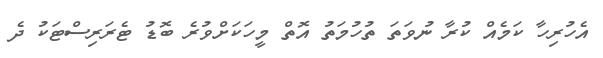
އެހުރިހާ ކަމެއް ކުރާ ނުވަތަ ތުހުމަތު އޮތް މީހަކަށްވުރެ ބޮޑު ޓެރަރިސްޓަކު ދެ